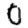
Digit: 0